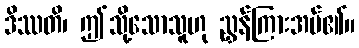
ဒိဿတိ၊ ဤသို့သောသူဟု ညွှန်ကြားအပ်၏။